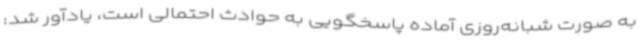
به صورت شبانه‌روزی آماده پاسخگویی به حوادث احتمالی است، یادآور شد: